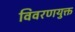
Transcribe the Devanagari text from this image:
विवरणयुक्त